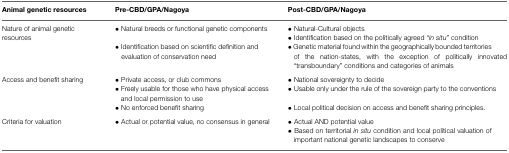
| Animal genetic resources | Pre-CBD/GPA/Nagoya | Post-CBD/GPA/Nagoya |
 | --- | --- | --- |
 | Nature of animal genetic resources | • Natural breeds or functional genetic components• Identification based on scientific definition and evaluation of conservation need | • Natural-Cultural objects• Identification based on the politically agreed “in situ” condition• Genetic material found within the geographically bounded territories of the nation-states, with the exception of politically innovated “transboundary” conditions and categories of animals |
 | Access and benefit sharing | • Private access, or club commons• Freely usable for those who have physical access and local permission to use• No enforced benefit sharing | • National sovereignty to decide• Usable only under the rule of the sovereign party to the conventions• Local political decision on access and benefit sharing principles. |
 | Criteria for valuation | • Actual or potential value, no consensus in general | • Actual AND potential value• Based on territorial in situ condition and local political valuation of important national genetic landscapes to conserve |